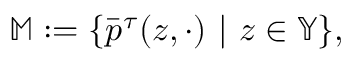
\mathbb { M } : = \{ \bar { p } ^ { \tau } ( z , \cdot ) ~ | ~ z \in \mathbb { Y } \} ,